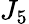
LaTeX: J_{5}